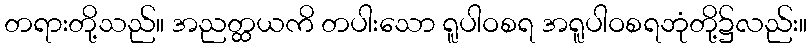
တရားတို့သည်။ အညတ္ထယကိ တပါးသော ရူပါဝစရ အရူပါဝစရဘုံတို့၌လည်း။